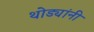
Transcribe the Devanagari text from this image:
थोड्यांनी